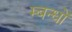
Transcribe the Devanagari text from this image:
म्बन्धों